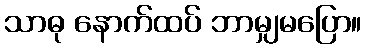
သာဓု နောက်ထပ် ဘာမျှမပြော။